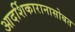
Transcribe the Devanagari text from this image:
आदर्शिकारानासोबत